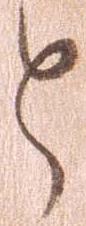
と